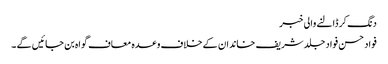
دنگ کر ڈالنے والی خبر
فواد حسن فواد جلد شریف خاندان کے خلاف وعدہ معاف گواہ بن جائیں گے ۔